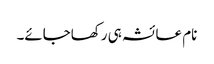
نام عائشہ ہی رکھاجائے۔